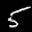
Label: 5